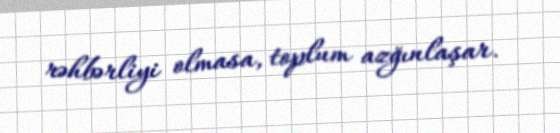
rəhbərliyi olmasa, toplum azğınlaşar.